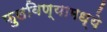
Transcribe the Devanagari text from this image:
फुलविण्यामध्ये